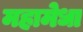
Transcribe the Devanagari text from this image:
महामेधा